Report on plague and inoculation in the Punjab from October 1st ... to September 30th..., being the ... season of plague in the province
Disease focus: Plague
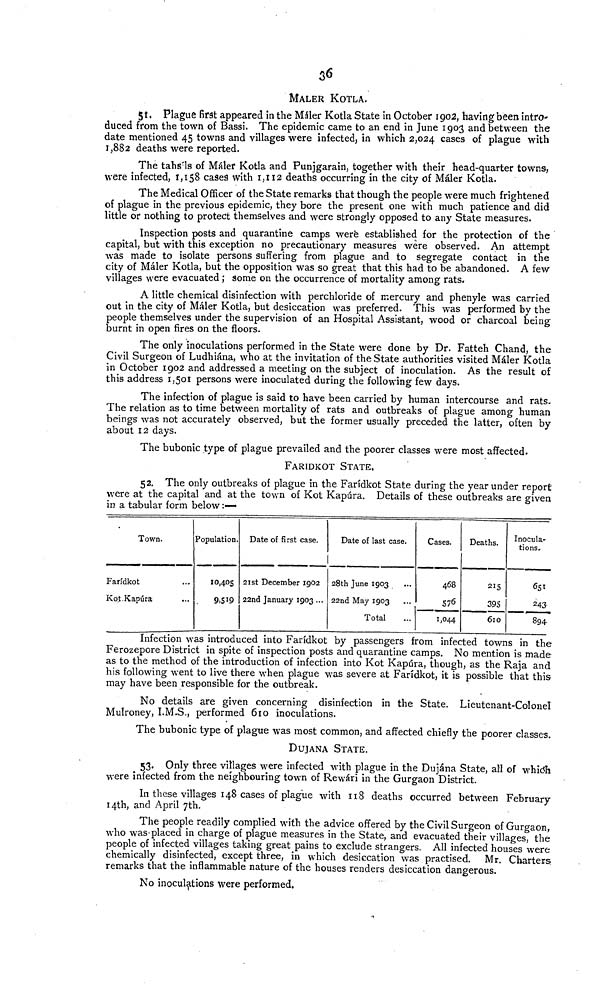
36
MALER KOTLA.
5t. Plague first appeared in the Máler Kotla State in October 1902, having been intro-
duced from the town of Bassi. The epidemic came to an end in June 1903 and between the
date mentioned 45 towns and villages were infected, in which 2,024 cases of plague with
1,882 deaths were reported.
The tahsils of Máler Kotla and Punjgarain, together with their head-quarter towns,
were infected, 1,158 cases with 1,112 deaths occurring in the city of Máler Kotla.
The Medical Officer of the State remarks that though the people were much frightened
of plague in the previous epidemic, they bore the present one with much patience and did
little or nothing to protect themselves and were strongly opposed to any State measures.
Inspection posts and quarantine camps were established for the protection of the
capital, but with this exception no precautionary measures were observed. An attempt
was made to isolate persons suffering from plague and to segregate contact in the
city of Máler Kotla, but the opposition was so great that this had to be abandoned. A few
villages were evacuated ; some on the occurrence of mortality among rats.
A little chemical disinfection with perchloride of mercury and phenyle was carried
out in the city of Máler Kotla, but desiccation was preferred. This was performed by the
people themselves under the supervision of an Hospital Assistant, wood or charcoal being
burnt in open fires on the floors.
The only inoculations performed in the State were done by Dr. Fatteh Chand, the
Civil Surgeon of Ludhiána, who at the invitation of the State authorities visited Máler Kotla
in October 1902 and addressed a meeting on the subject of inoculation. As the result of
this address 1,501 persons were inoculated during the following few days.
The infection of plague is said to have been carried by human intercourse and rats.
The relation as to time between mortality of rats and outbreaks of plague among human
beings was not accurately observed, but the former usually preceded the latter, often by
about 12 days.
The bubonic type of plague prevailed and the poorer classes were most affected.
FARIDKOT STATE,
52. The only outbreaks of plague in the Faridkot State during the year under report
were at the capital and at the town of Kot Kapúra. Details of these outbreaks are given
in a tabular form below :—
Town.
Faridkot
Kot-Kapúra
...
...
Population.
10,405
.
9,519
Date of first case.
21st December 1902
22nd January 1903 ...
Date of last case.
28th June 1903
22nd May 1903
Total
...
...
...
Cases.
468
576
1,044
Deaths.
215
395
610
Inocula-
tions,
651
243
894-
Infection was introduced into Faridkot by passengers from infected towns in the
Ferozepore District in spite of inspection posts and quarantine camps. No mention is made
as to the method of the introduction of infection into Kot Kapúra, though, as the Raja and
his following went to live there when plague was severe at Faridkot, it is possible that this-
may have been responsible for the outbreak.
No details are given concerning disinfection in the State. Lieutenant-Colonel
Mulroney, I.M.S., performed 610 inoculations.
The bubonic type of plague was most common, and affected chiefly the poorer classes.
DUJANA STATE.
53. Only three villages were infected with plague in the Dujána State, all of which
were infected from the neighbouring town of Rewári in the Gurgaon District.
In these villages 148 cases of plague with 118 deaths occurred between February
14th, and April 7th.
The people readily complied with the advice offered by the Civil Surgeon of Gurgaon,
who was-placed in charge of plague measures in the State, and evacuated their villages, the
people of infected villages taking great pains to exclude strangers. All infected houses were
chemically disinfected, except three, in which desiccation was practised. Mr. Charters
remarks that the inflammable nature of the houses renders desiccation dangerous.
No inoculations were performed.